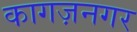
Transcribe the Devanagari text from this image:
कागज़नगर